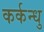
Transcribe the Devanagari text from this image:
कर्कन्धु